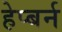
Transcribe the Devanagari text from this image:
हेप्बर्न